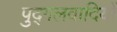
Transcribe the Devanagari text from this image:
पुद्गलवादियों